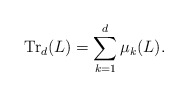
\begin{align*} \operatorname{Tr}_d(L)=\sum_{k=1}^d\mu_k(L).\end{align*}